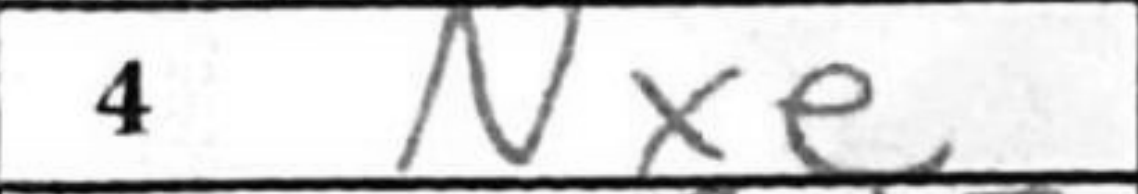
Transcription: Nxe